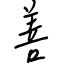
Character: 善